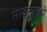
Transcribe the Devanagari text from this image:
सरबतामध्ये